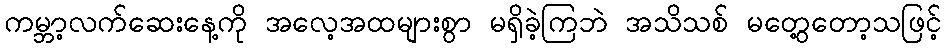
ကမ္ဘာ့လက်ဆေးနေ့ကို အလေ့အထများစွာ မရှိခဲ့ကြဘဲ အသိသစ် မတွေ့တော့သဖြင့်